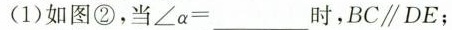
(1)如图②，当$$∠ α = ___$$ 时，$$B C \parallel D E$$；